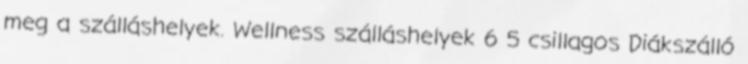
meg a szálláshelyek. Wellness szálláshelyek 6 5 csillagos Diákszálló